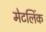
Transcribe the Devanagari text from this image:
मेटलिंक